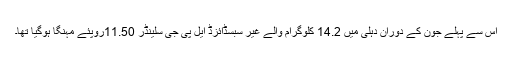
اس سے پہلے جون کے دوران دہلی میں 14.2 کلوگرام والے غیر سبسڈائزڈ ایل پی جی سلینڈر 11.50روپئے مہنگا ہوگیا تھا۔